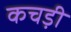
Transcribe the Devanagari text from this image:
कचड़ी